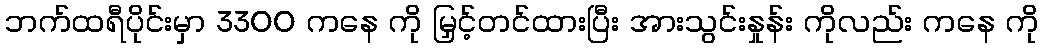
ဘက်ထရီပိုင်းမှာ 3300 ကနေ ကို မြှင့်တင်ထားပြီး အားသွင်းနှုန်း ကိုလည်း ကနေ ကို